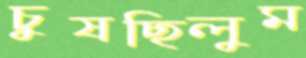
চুষছিলুম